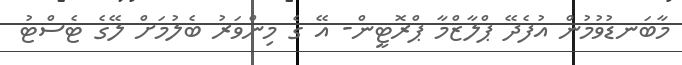
މާބަނޑުވުމުން އުފެދޭ ޕްލާޒްމާ ޕްރޮޓީން- އޭ ގެ މިންވަރު ބެލުމަށް ލޭގެ ޓެސްޓު